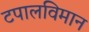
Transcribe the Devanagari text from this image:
टपालविमान